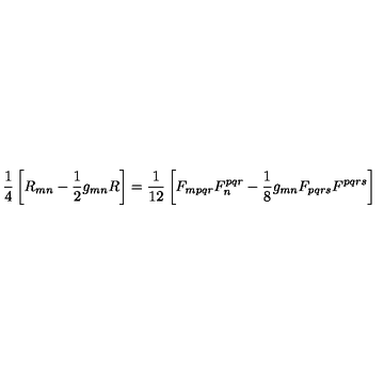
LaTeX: \frac { 1 } { 4 } \left[ R _ { m n } - \frac { 1 } { 2 } g _ { m n } R \right] = \frac { 1 } { 1 2 } \left[ F _ { m p q r } F _ { n } ^ { p q r } - \frac { 1 } { 8 } g _ { m n } F _ { p q r s } F ^ { p q r s } \right]